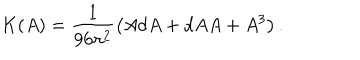
K ( A ) = \frac { 1 } { 9 6 \pi ^ { 2 } } \left( A d A + d A A + A ^ { 3 } \right) .